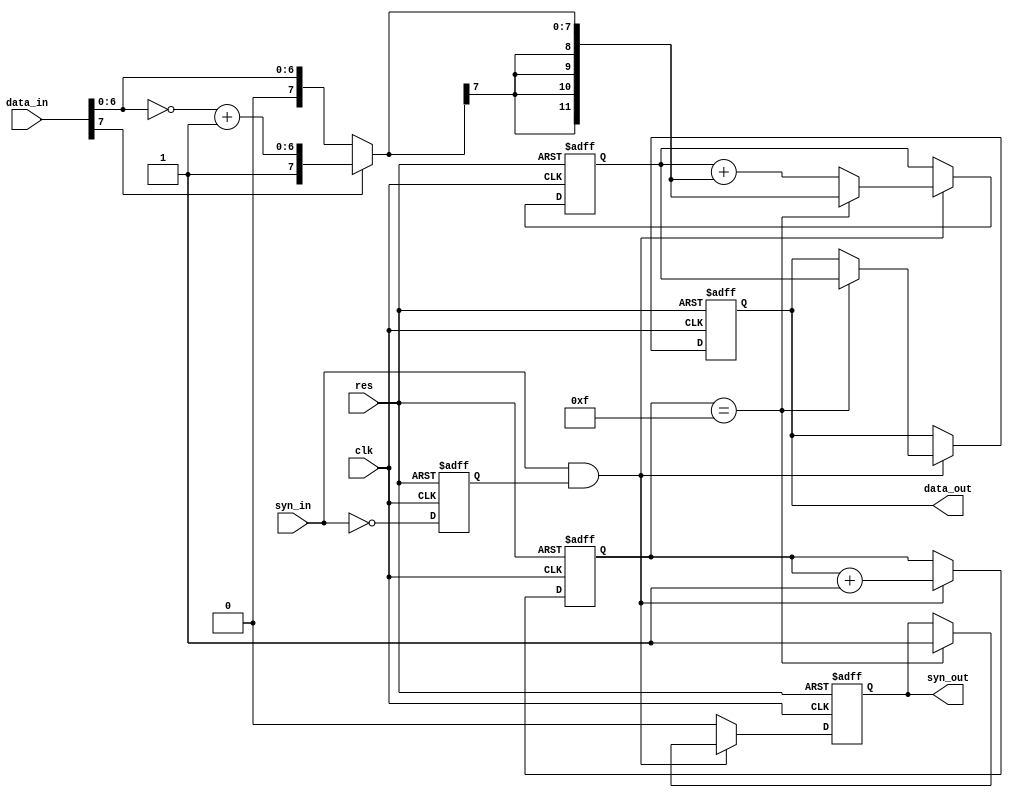
module sigma_16p (clk,
                  res,
                  data_in,
                  syn_in,
                  data_out,
                  syn_out);

    input clk;
    input res;
    input[7:0] data_in;  // 
    input syn_in;        // 

    output[11:0] data_out;  // 
    output syn_out;         // 

    reg syn_in_n1; // syn_in
    wire syn_pulse; // 
    assign syn_pulse = syn_in&syn_in_n1;
    reg[3:0] con_syn;
    wire[7:0] comp_8; // 
    wire[11:0] d_12;  // 
    assign comp_8 = data_in[7]?{data_in[7], ~data_in[6:0]+1'b1}:data_in;  // 
    assign d_12   = {comp_8[7],comp_8[7],comp_8[7],comp_8[7],comp_8};
    reg[11:0] sigma;  // 
    reg[11:0] data_out;
    reg syn_out;

    always @(posedge clk or negedge res) begin
        if (~res)begin
            syn_in_n1 <= 0;con_syn <= 0;sigma <= 0;syn_out <= 0;data_out <= 0;
        end
        else begin
            syn_in_n1 <= ~syn_in;  // 
            if (syn_pulse)begin
                con_syn <= con_syn +1;
            end
                if (syn_pulse)begin
                    if (con_syn == 15)begin
                        sigma    <= d_12;
                        data_out <= sigma;
                        syn_out  <= 1;
                    end
                    else begin
                        sigma <= sigma+d_12;
                    end
                end
                else begin

                    syn_out <= 0;
                end
        end
    end

endmodule //sigma_16p